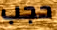
حجب